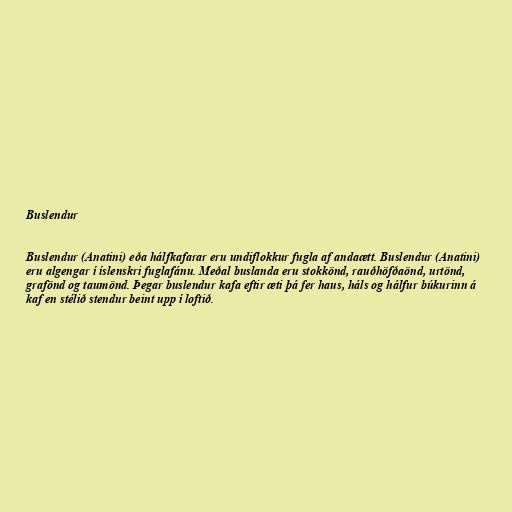
Buslendur

Buslendur (Anatini) eða hálfkafarar eru undiflokkur fugla af andaætt. Buslendur (Anatini)
eru algengar í íslenskri fuglafánu. Meðal buslanda eru stokkönd, rauðhöfðaönd, urtönd,
grafönd og taumönd. Þegar buslendur kafa eftir æti þá fer haus, háls og hálfur búkurinn á
kaf en stélið stendur beint upp í loftið.